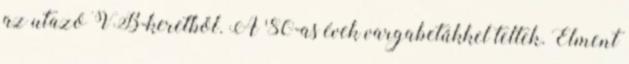
az utazó VB-keretből. A '80-as évek vargabetűkkel teltek. Elment